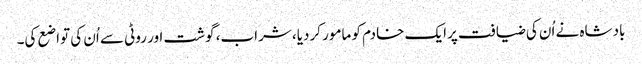
بادشاہ نے اُن کی ضیافت پرایک خادم کو مامور کردیا، شراب، گوشت اور روٹی سے اُن کی تواضع کی۔